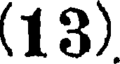
(13)